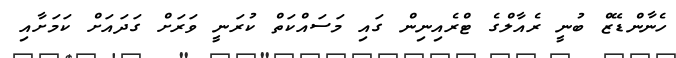
ހެނާންޑޭޒް ބުނީ ރެއާލްގެ ޓްރެއިނިން ގައި މަސައްކަތް ކުރަނީ ވަރަށް ގަދައަށް ކަމަށާއި